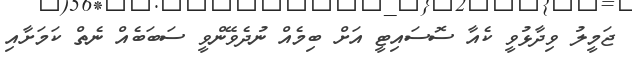
ޖަމީލު ވިދާޅުވީ ކެއާ ސޮސައިޓީ އަށް ބިމެއް ނުދެވޭންވީ ސަބަބެއް ނެތް ކަމަށާއި